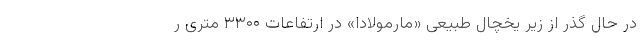
در حال گذر از زیر یخچال طبیعی «مارمولادا» در ارتفاعات ۳۳۰۰ متری ر